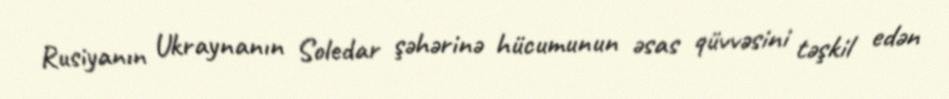
Rusiyanın Ukraynanın Soledar şəhərinə hücumunun əsas qüvvəsini təşkil edən